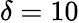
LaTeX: \delta=10